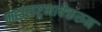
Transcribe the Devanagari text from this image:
महाराष्ट्रभाषेकरून